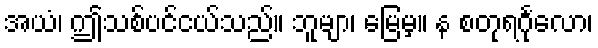
အယံ၊ ဤသစ်ပင်ငယ်သည်။ ဘူမျာ၊ မြေမှ။ န စတုရင်္ဂုလော၊